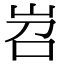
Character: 岧